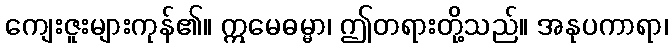
ကျေးဇူးများကုန်၏။ ဣမေဓမ္မာ၊ ဤတရားတို့သည်။ အနုပကာရာ၊